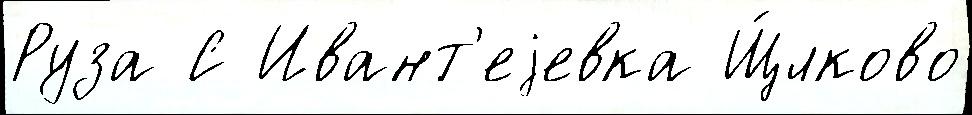
Руза С Ивант'еjевка Щ́лково